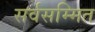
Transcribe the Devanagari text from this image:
सर्वसम्मित